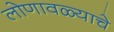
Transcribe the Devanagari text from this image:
लोणावळ्याचे